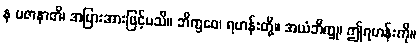
န ပဇာနာတိ၊ အပြားအားဖြင့်မသိ။ ဘိက္ခဝေ၊ ရဟန်းတို့။ အယံဘိက္ခု၊ ဤရဟန်းကို။